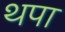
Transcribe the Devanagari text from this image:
थपा